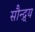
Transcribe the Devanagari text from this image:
सौन्द्र्य